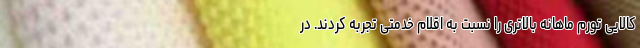
کالایی تورم ماهانه بالاتری را نسبت به اقلام خدمتی تجربه کردند. در